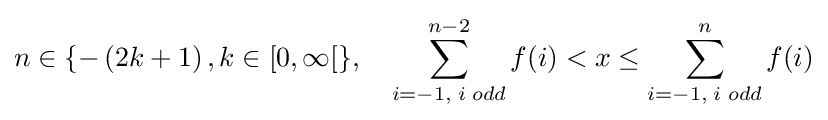
n\in \{-\left(2k+1\right),k\in [0,\infty [\},\quad \sum _{i=-1,\;i\;odd}^{n-2}f(i)<x\leq \sum _{i=-1,\;i\;odd}^{n}f(i)